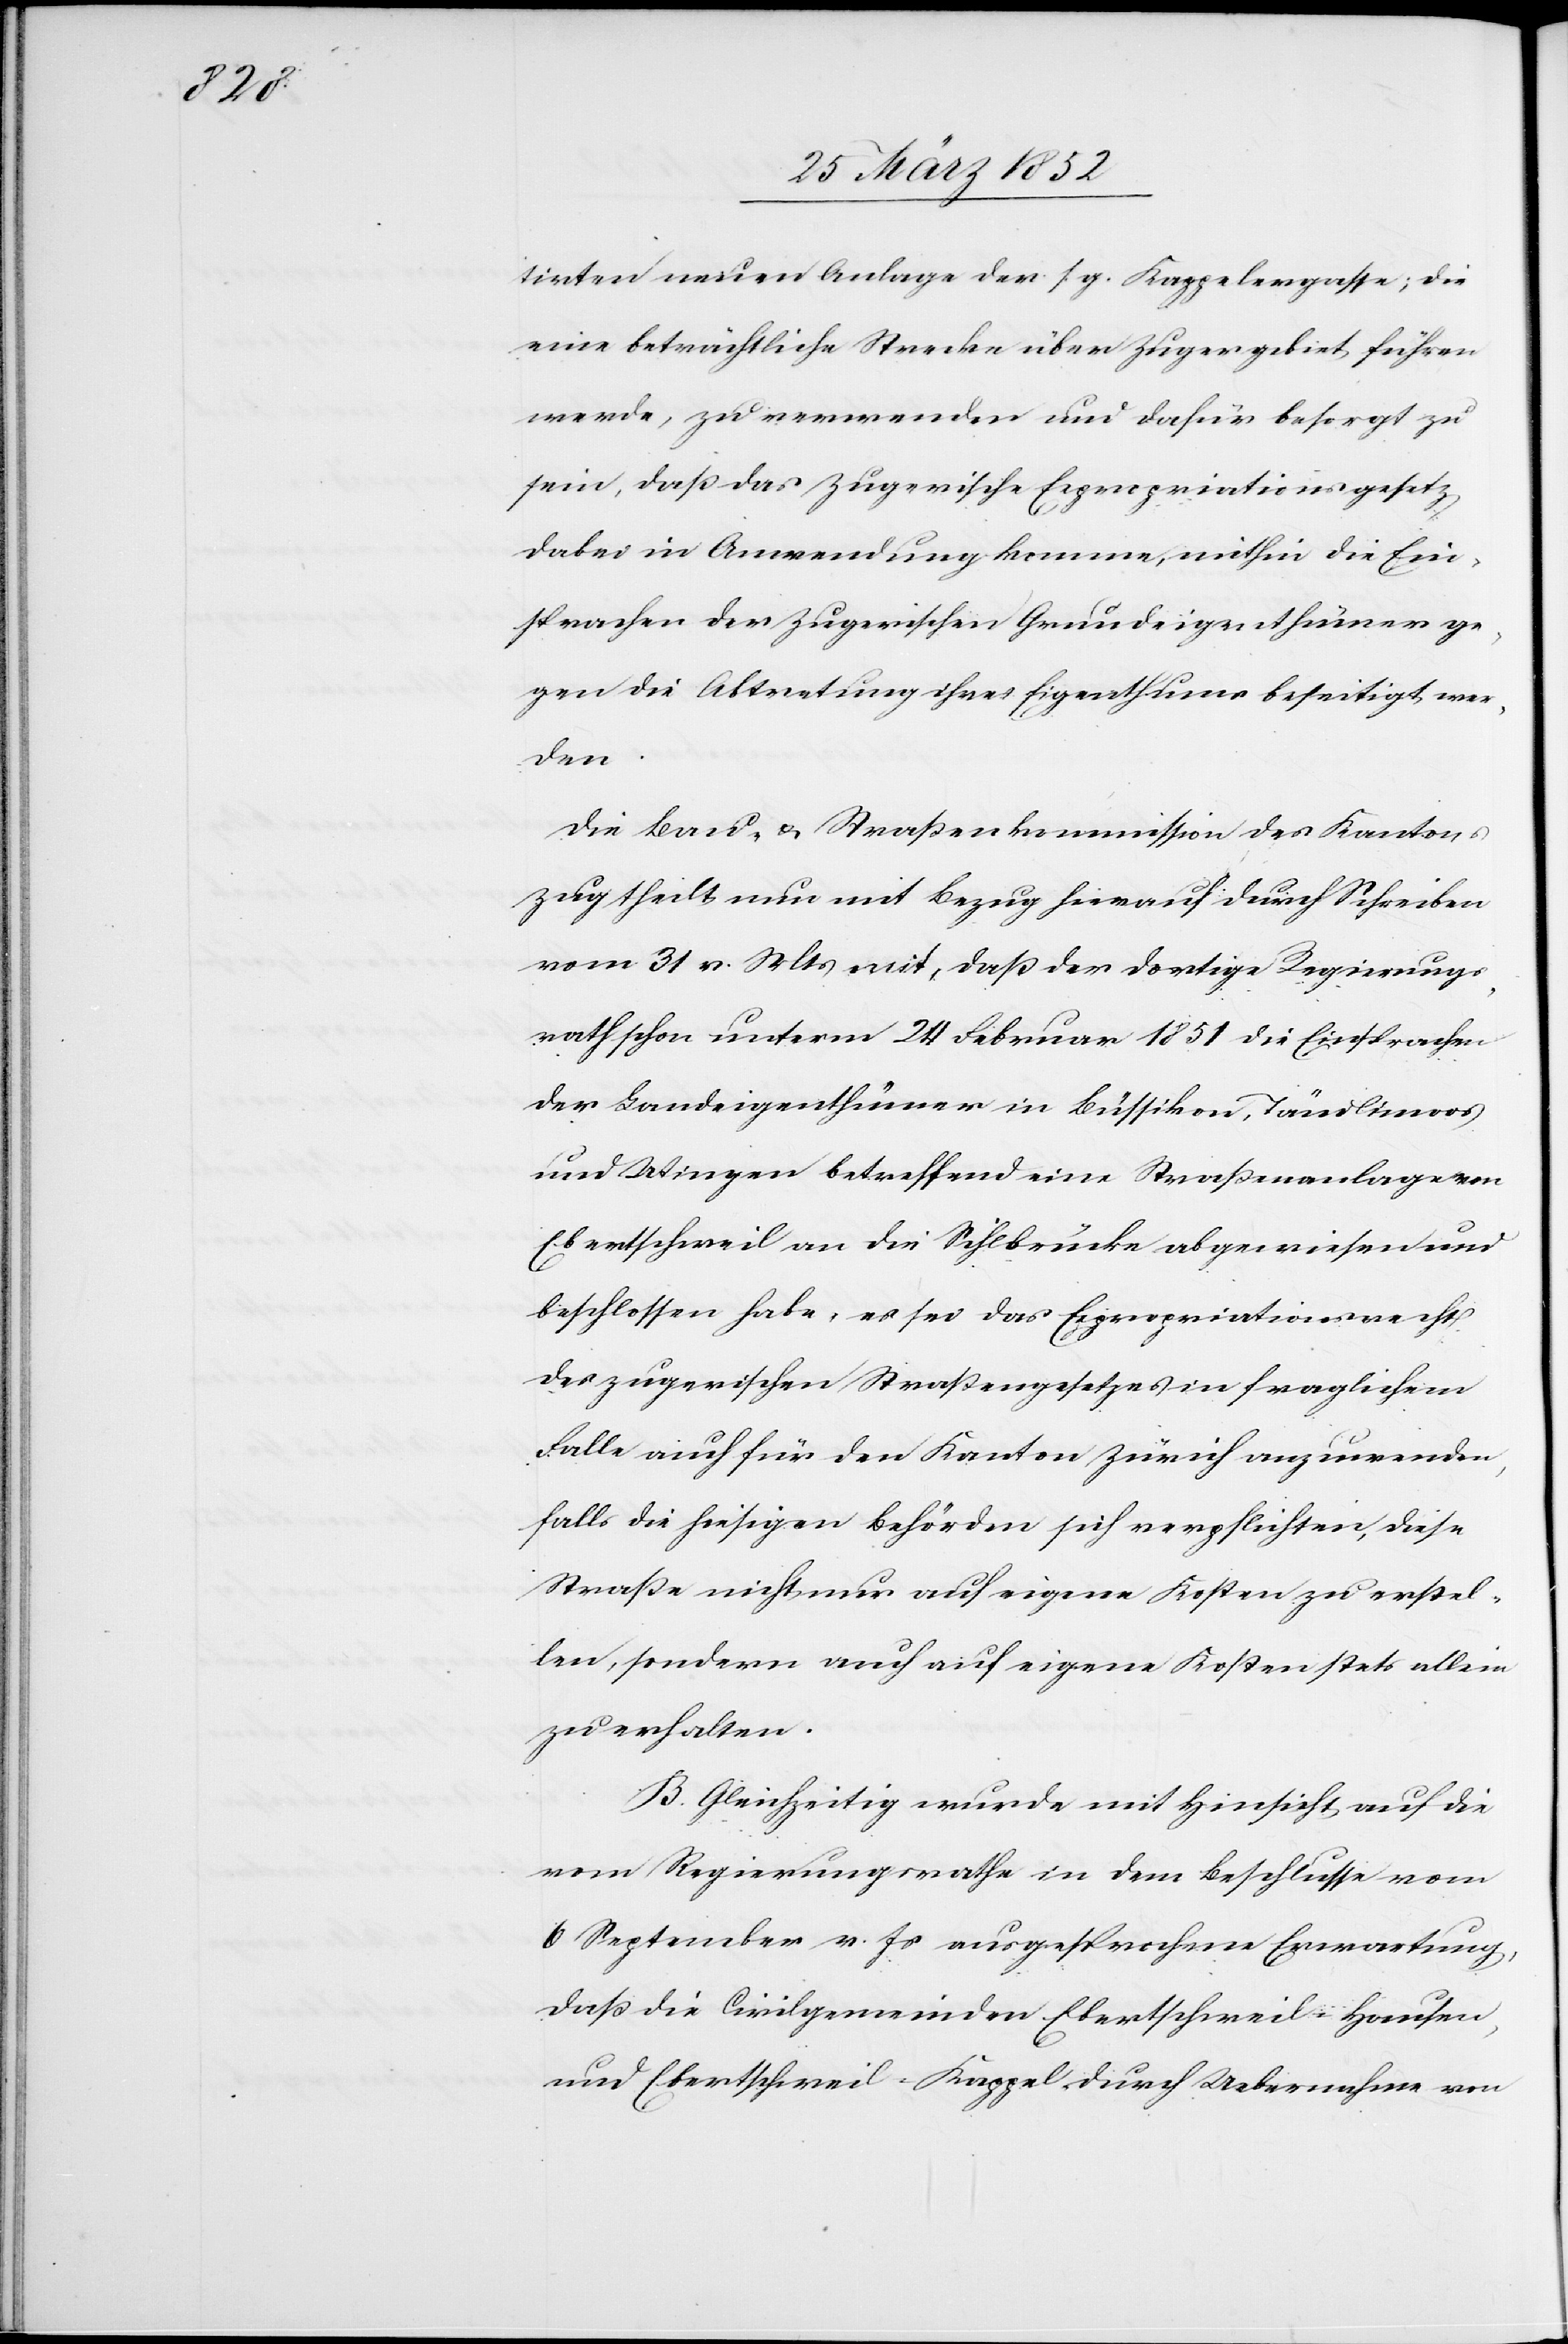
tirten neuen Anlage der s. g. Kappelergasse; die
eine beträchtliche Strecke über Zugergebiet führen
werde, zu verwenden und dafür besorgt zu
sein, daß das Zugerische Expropriationsgesetz
dabei in Anwendung komme, mithin die Ein¬
sprachen der Zugerischen Grundeigenthümer ge¬
gen die Abtretung ihres Eigenthums beseitigt wer¬
den.
Die Bau- u. Straßenkommission des Kantons
Zug theilt nun mit Bezug hierauf durch Schreiben
vom 31 v. Mts mit, daß der dortige Regierungs¬
rath schon unterm 24 Februar 1851 die Einsprachen
der Landeigenthümer in Büssikon, Tändlimoos
und Wingen betreffend eine Straßenanlage von
Ebertschweil an die Sihlbrücke abgewiesen und
beschlossen habe, es sei das Expropriationsrecht
des zugerischen Straßengesetzes in fraglichem
Falle auch für den Kanton Zürich anzuwenden,
falls die hiesigen Behörden sich verpflichten, diese
Straße nicht nur auf eigene Kosten zu erstel¬
len, sondern auch auf eigene Kosten stets allein
zu erhalten.
B. Gleichzeitig wurde mit Hinsicht auf die
vom Regierungsrathe in dem Beschlusse vom
6 September v. Js ausgesprochene Erwartung,
daß die Civilgemeinde Ebertschweil-Hausen,
und Ebertschweil-Kappel durch Uebernahme von